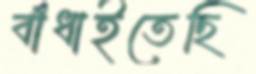
বাঁধাইতেছি